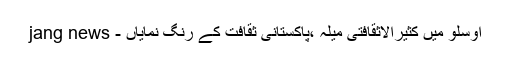
اوسلو میں کثیرالاثقافتی میلہ ،پاکستانی ثقافت کے رنگ نمایاں - jang news